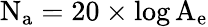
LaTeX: \mathrm{{N_{a}}=20\times\log\mathrm{{A_{e}}}}